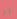
أو